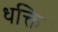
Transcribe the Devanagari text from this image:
धक्ति